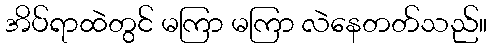
အိပ်ရာထဲတွင် မကြာ မကြာ လဲနေတတ်သည်။